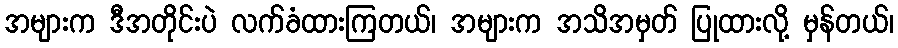
အများက ဒီအတိုင်းပဲ လက်ခံထားကြတယ်၊ အများက အသိအမှတ် ပြုထားလို့ မှန်တယ်၊